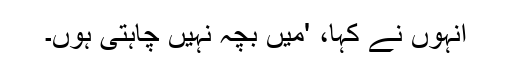
انہوں نے کہا، 'میں بچہ نہیں چاہتی ہوں۔